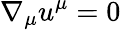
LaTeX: \nabla_{\mu}u^{\mu}=0